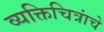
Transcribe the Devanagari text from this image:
व्यक्तिचित्रांचे